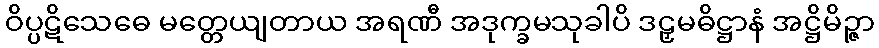
ဝိပ္ပဋိသေဓေ မတ္တေယျတာယ အရဏီ အဒုက္ခမသုခါပိ ဒဠှမဓိဋ္ဌာနံ အဋ္ဌိမိဉ္ဇာ